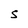
Character: S